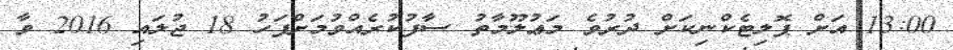
13:00 އަށް ޕޮލިޓެކްނިކަށް ދުރުވެ މަޢުލޫމާތު ސާފުކުރެއްވުމަށްފަހު 18 ޖުލައި 2016 ވާ